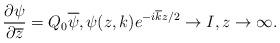
LaTeX: \begin{align*}\frac{\partial \psi}{\partial \overline{z}} = Q_0 \overline{\psi}, \psi(z,k) e^{-i\overline{k}z/2} \rightarrow I, z \rightarrow \infty.\end{align*}